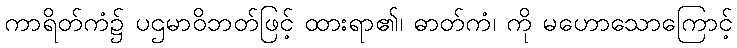
ကာရိတ်ကံ၌ ပဌမာဝိဘတ်ဖြင့် ထားရာ၏၊ ဓာတ်ကံ၊ ကို မဟောသောကြောင့်